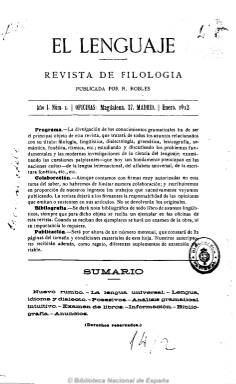
Título: El Lenguaje (Madrid)
Colección: Filología
Ámbito geográfico: Madrid
Lugar de publicación: Madrid
Fechas: 01/01/1912-01/08/1914

Revista científica especializada en Filología, publicada por R. Robles entre 1912 y 1914, en números mensuales de una treintena de páginas. Dedicada a la divulgación de la lingüística, dialectología, gramática, fonética, lexicografía, semántica, rítmica, etc., a través de artículos doctrinales y de crítica y de estudios sobre las modernas investigaciones de la ciencia del lenguaje. También inserta notas bibliográficas y algunas composiciones de creación literaria, así como algunas referencias a la Academia Española. Incluye índices anuales.